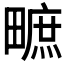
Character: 𤳌